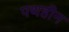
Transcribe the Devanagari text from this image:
पथहीन